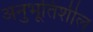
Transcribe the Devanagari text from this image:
अनुभूतिशील